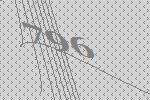
796